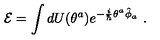
{ \cal E } = \int d U ( \theta ^ { a } ) e ^ { - \frac { i } { \hbar } \theta ^ { a } \hat { \phi } _ { a } } \ .